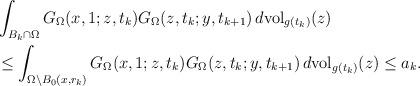
LaTeX: \begin{align*}&\int_{B_k\cap\Omega}G_{\Omega}(x, 1; z, t_k)G_{\Omega}(z, t_k; y, t_{k+1})\,d \mathrm{vol}_{g(t_k)}(z)\\&\le \int_{\Omega\setminus B_0(x,r_k)}G_{\Omega}(x, 1; z, t_k)G_{\Omega}(z, t_k; y, t_{k+1})\,d \mathrm{vol}_{g(t_k)}(z)\leq a_k. \end{align*}